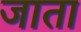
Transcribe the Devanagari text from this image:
जाता